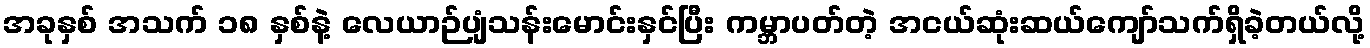
အခုနှစ် အသက် ၁၈ နှစ်နဲ့ လေယာဉ်ပျံသန်းမောင်းနှင်ပြီး ကမ္ဘာပတ်တဲ့ အငယ်ဆုံးဆယ်ကျော်သက်ရှိခဲ့တယ်လို့